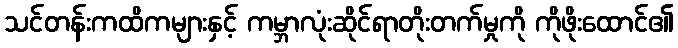
သင်တန်းကထိကများနှင့် ကမ္ဘာလုံးဆိုင်ရာတိုးတက်မှုကို ကိုဖိုးထောင်၏